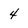
Character: 4